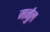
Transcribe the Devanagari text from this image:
मर्नुल